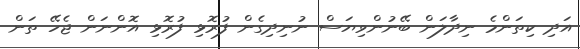
އަދި ކިތަންމެ ނިދާލަން ބޭނުންވިޔަސް ނުނިދިގެން ފުރޮޅި ފުރޮޅި އޮންނަން ޖެހޭ ތަން